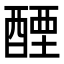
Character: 𬪭